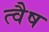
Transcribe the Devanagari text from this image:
त्वैष